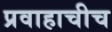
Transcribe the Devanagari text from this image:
प्रवाहाचीच